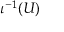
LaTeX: \iota ^ { - 1 } ( U )